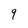
Character: 9